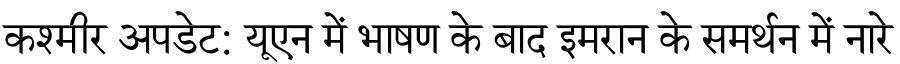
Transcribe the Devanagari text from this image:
कश्मीर अपडेट: यूएन में भाषण के बाद इमरान के समर्थन में नारे